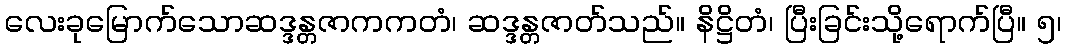
လေးခုမြောက်သောဆဒ္ဒန္တဇာကကတံ၊ ဆဒ္ဒန္တဇာတ်သည်။ နိဋ္ဌိတံ၊ ပြီးခြင်းသို့ရောက်ပြီ။ ၅၊